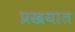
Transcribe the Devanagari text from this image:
प्रखयात